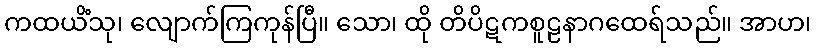
ကထယိံသု၊ လျောက်ကြကုန်ပြီ။ သော၊ ထို တိပိဋကစူဠနာဂထေရ်သည်။ အာဟ၊